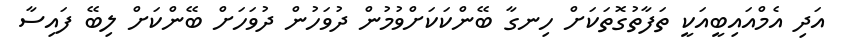
އަދި އެމްއައިބީއަކީ ތަފާތުގޮތަކަށް ހިނގާ ބޭންކަކަށްވުމުން ދުވަހުން ދުވަހަށް ބޭންކަށް ލިބޭ ފައިސާ